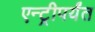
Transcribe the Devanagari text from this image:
एन्ट्रीपर्यंत